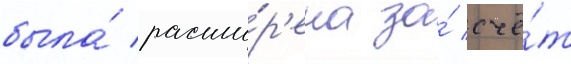
была́ расши́р'ена за́ счё́т